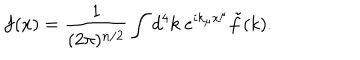
f ( x ) = \frac { 1 } { ( 2 \pi ) ^ { n / 2 } } \int d ^ { 4 } k ~ e ^ { i k _ { \mu } x ^ { \mu } } \tilde { f } ( k ) .